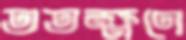
ততক্ষণে